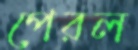
পেরল